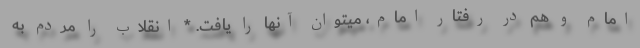
امام و هم در رفتار امام، میتوان آنها را یافت. * انقلاب را مردم به